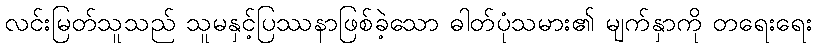
လင်းမြတ်သူသည် သူမနှင့်ပြဿနာဖြစ်ခဲ့သော ဓါတ်ပုံသမား၏ မျက်နှာကို တရေးရေး